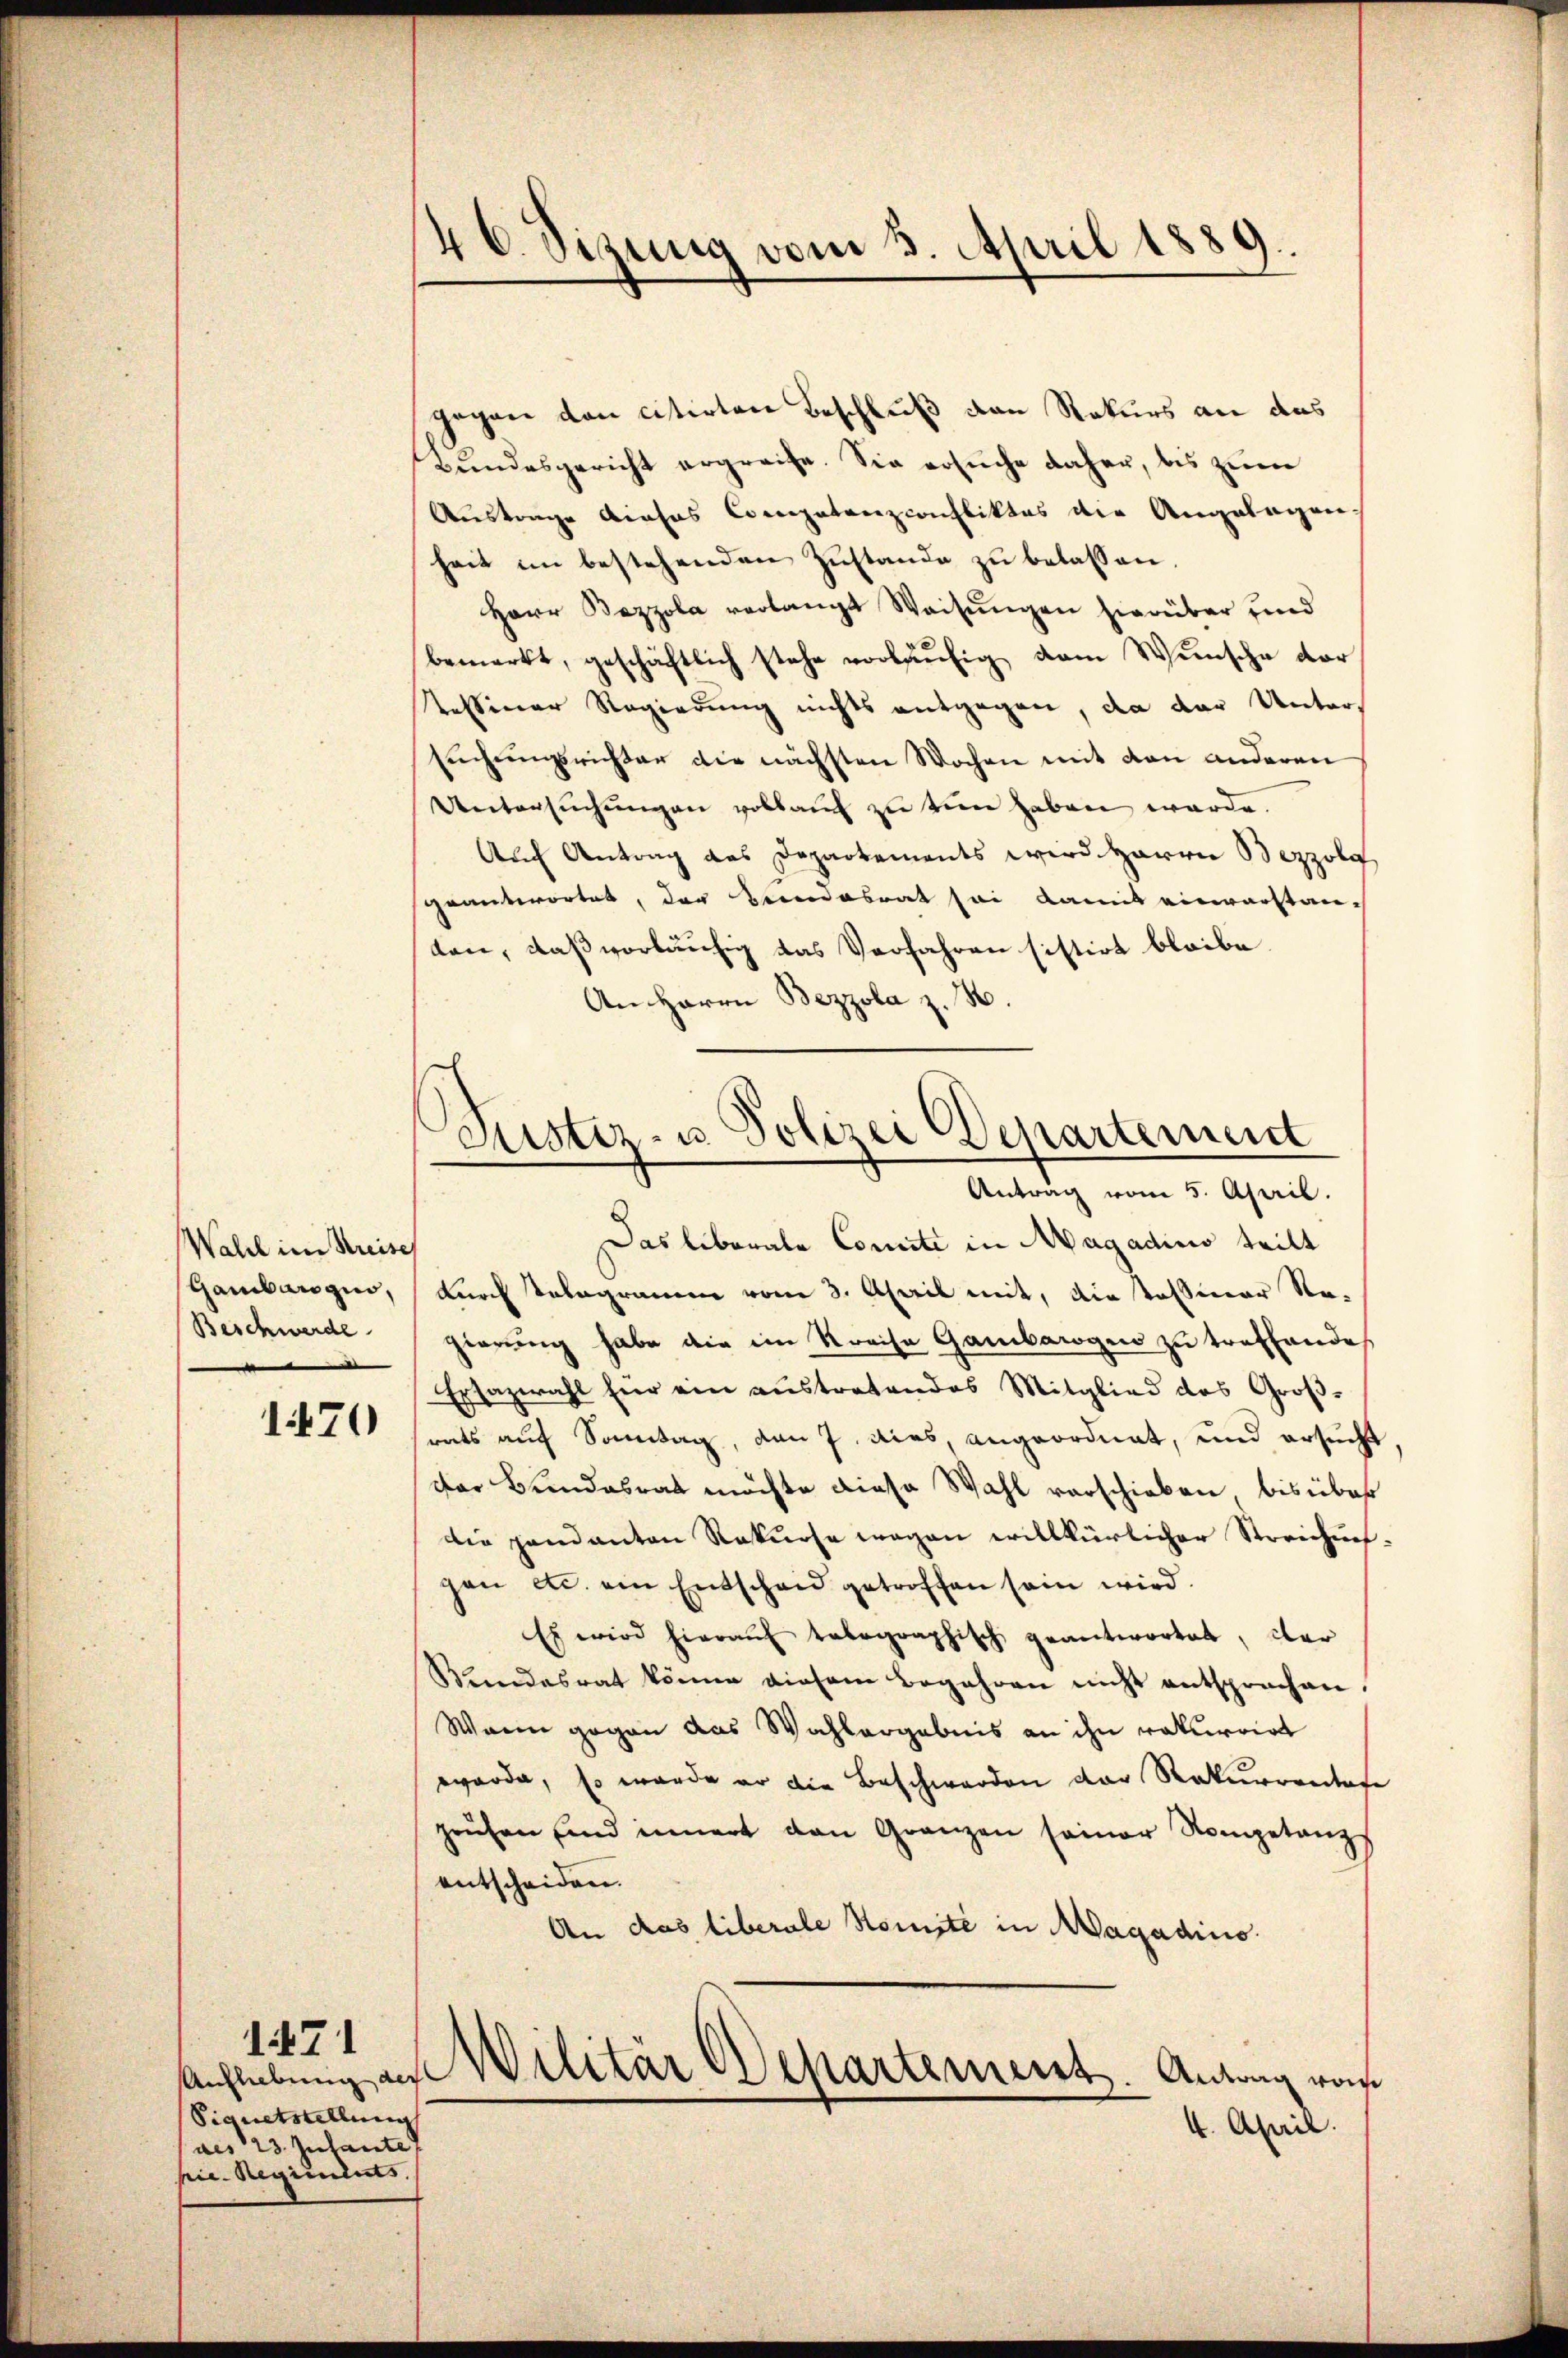
Wahl im Kreisch
Gambarogno,
Beschwerde

1470

1471
Signetstellung
aes 23. Julante,
pie. Regienents.

46. Sizung vom 3. April 1889.

gegen von citirten Beschluß den Rekurs an das
Bŭndesgericht ergreife. Sie ersŭche daher, bis zŭm
Austrage dieses Compatanzconfliktes die Angelagen
heit im bestehenden Zustande zu belassen.
Herr Bazzola verlangt Weisŭngen hierüber und
bemerkt, geschäftlich stehe vorläufig vom Wunsche vor
Tessiner Regierung nichts entgegen, da der Untersuchungsrichter die nächsten Wochen mit den anderen
Untersŭchŭngen vollaŭf zŭ tun haben werde.
Auch Antrag des Departements wird Herrn Bezzolg
geantwortet, der Handesrat sei damit einverstanton, daß vorläufig das Verfahren sistirt bleibe.
An Herrn Bezzola z. B.
Das liberale Concité in Magadino teilt
Kurch Telegramm vom 3. April mit, die stossmar Re-
gierung habe die im Kreise Gambaroges zu treffende
Exsazwahl hier ein austratendes Mitglied des Groβ-
rats auf Sonntag, den 7. dies, angeordnet, und ersucht,
der Bundesrat möchte diese Wahl verschieben, bis über
die Handanten Rekurse wegen willkürlicher Streichnes-
gen etc. ein Entscheid getroffen sein wird.
Es wird hieraŭf talographisch geantwortet, der
Bundesrat könne diesem Begehren nicht entsprechen.
Wann gegen das Wahlergebnis an ihn rekurrirt
eworde, so werde er die Beschwerden der Rekurrentafe
ruhen sind innert den Gränzen seiner Kompetanz
entscheiden.
An das liberale Komité in Magadino.
Auflebung an Willtar Departement. Antag von
4. April.

Justiz- u. Polizei Departement
Antrag vom 5. April.